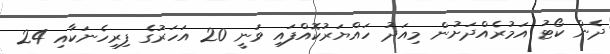
ދެން ކޯޓު އަމުރެއްދަށުން މިއަދު ހައްޔަރުކޮއްފައި ވަނީ 20 އަހަރުގެ ފިރިހެނަކާއި 24